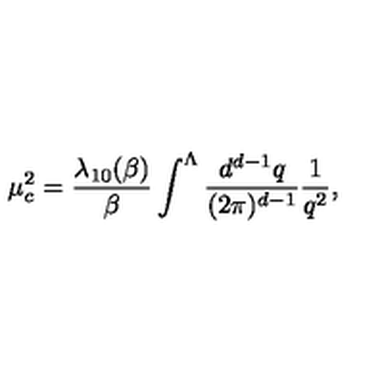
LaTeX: \mu _ { c } ^ { 2 } = \frac { \lambda _ { 1 0 } ( \beta ) } { \beta } \int ^ { \Lambda } \frac { d ^ { d - 1 } q } { ( 2 \pi ) ^ { d - 1 } } \frac { 1 } { q ^ { 2 } } ,